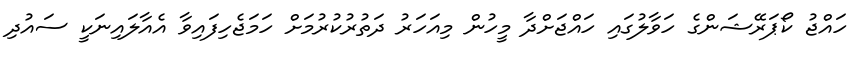
ހައްޖު ކޯޕަރޭޝަންގެ ހަވާލުގައި ހައްޖަށްދާ މީހުން މިއަހަރު ދަތުރުކުރުމަށް ހަމަޖެހިފައިވާ އެއާލައިނަކީ ސައުދި